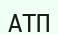
АТП